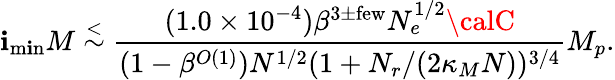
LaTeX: \mathbf{i}_{\mathrm{{m\mathbf{i}n}}}M\stackrel{<}{\sim}\frac{{(1.0\times10^{-4})\beta^{3\pm\mathrm{{few}}}N_{e}^{1/2}{\calC}}}{{(1-\beta^{O(1)})N^{1/2}(1+N_{r}/(2\kappa_{M}N))^{3/4}}}M_{p}.